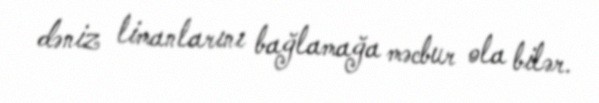
dəniz limanlarını bağlamağa məcbur ola bilər.